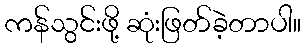
ကန်သွင်းဖို့ ဆုံးဖြတ်ခဲ့တာပါ။